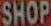
SHOP